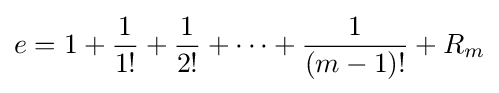
e=1+{\frac {1}{1!}}+{\frac {1}{2!}}+\cdots +{\frac {1}{(m-1)!}}+R_{m}